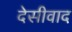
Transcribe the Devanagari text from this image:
देसीवाद